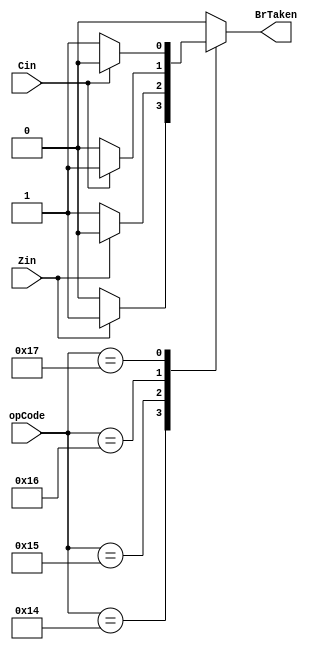
module BrVerify (opCode, Cin, Zin, BrTaken);
  input [4:0] opCode;
  input Cin, Zin;
  output reg BrTaken;
  always @ ( opCode, Cin, Zin ) begin
    BrTaken=0;
    case(opCode)
    5'b10100 : begin if(Zin)begin BrTaken=1; end  end
    5'b10101 : begin if(~Zin)begin BrTaken=1; end end
    5'b10110 : begin if(Cin)begin BrTaken=1; end  end
    5'b10111 : begin if(~Cin)begin BrTaken=1; end end
    default: BrTaken=0;
    endcase
  end
endmodule // BrVerify